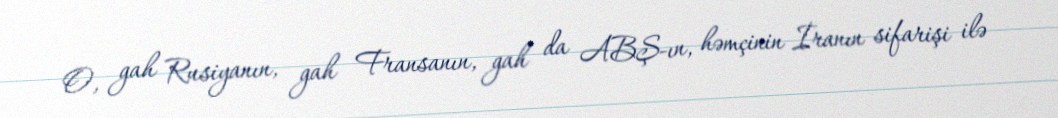
O, gah Rusiyanın, gah Fransanın, gah da ABŞ-ın, həmçinin İranın sifarişi ilə